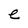
Character: e